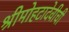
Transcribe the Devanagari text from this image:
श्रीमोहटादेवीची